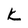
Character: k